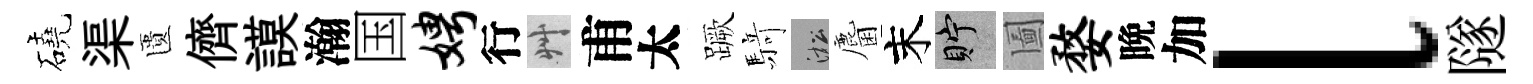
磽渠匱儕謨瀚国娉行艸甫太蹶𮪍淞麕末貯圗婺晩加l隧